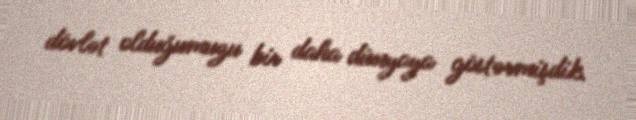
dövlət olduğumuzu bir daha dünyaya göstərmişdik.